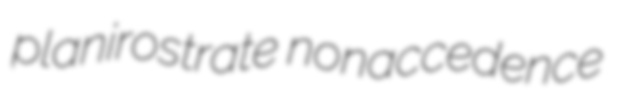
planirostrate nonaccedence